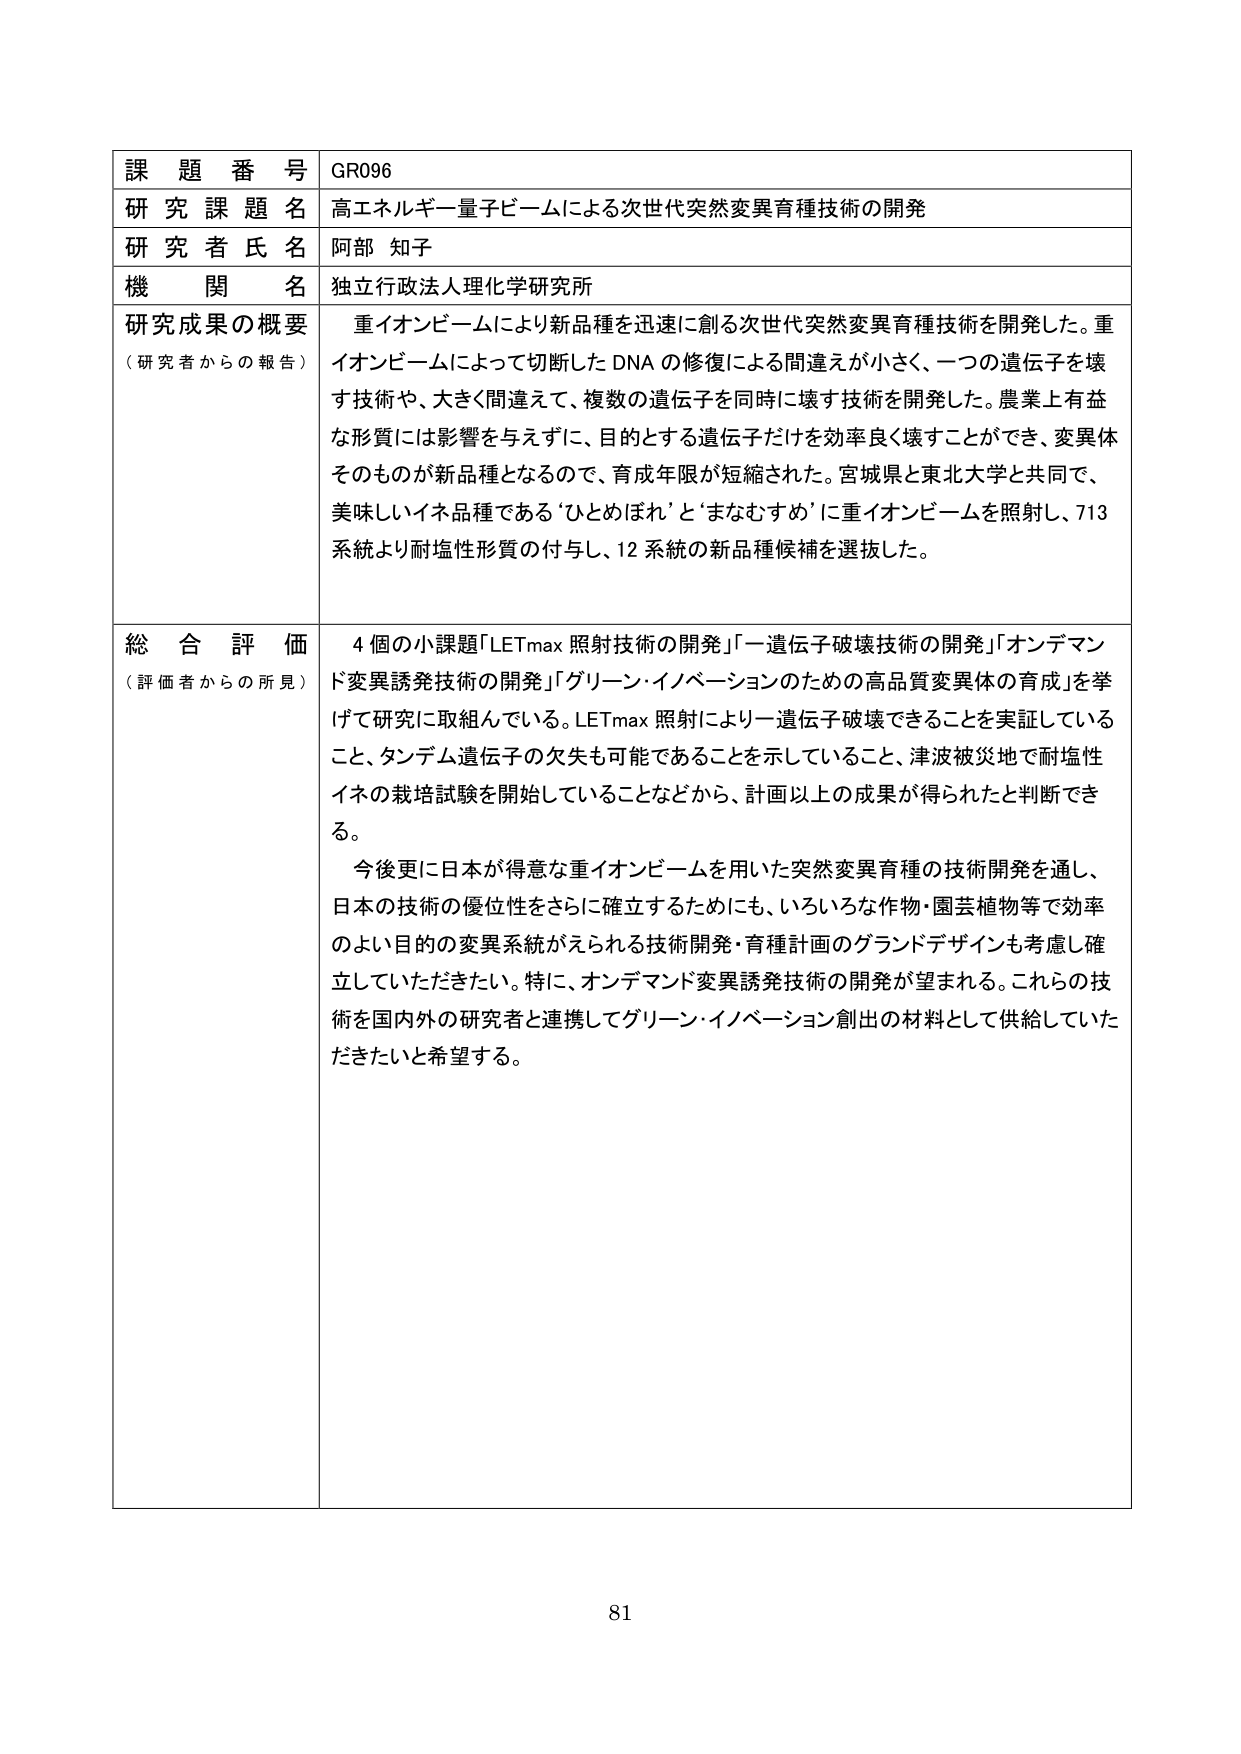
課題番号 GR096
研究課題名 高エネルギー量子ビームによる次世代突然変異育種技術の開発
研究者氏名 阿部 知子
機関名 独立行政法人理化学研究所
研究成果の概要（研究者からの報告） 重イオンビームにより新品種を迅速に創る次世代突然変異育種技術を開発した。重イオンビームによって切断したDNAの修復による間違えが小さく、一つの遺伝子を壊す技術や、大きく間違えて、複数の遺伝子を同時に壊す技術を開発した。農業上有益な形質には影響を与えずに、目的とする遺伝子だけを効率良く壊すことができ、変異体そのものが新品種となるので、育成年限が短縮された。宮城県と東北大学と共同で、美味しいイネ品種である‘ひとめぼれ’と‘まなむすめ’に重イオンビームを照射し、713系統より耐塩性形質の付与し、12系統の新品種候補を選抜した。
総合評価（評価者からの所見） 4個の小課題「LETmax照射技術の開発」「一遺伝子破壊技術の開発」「オンデマンド変異誘発技術の開発」「グリーン・イノベーションのための高品質変異体の育成」を挙げて研究に取組んでいる。LETmax照射により一遺伝子破壊できることを実証していること、タンデム遺伝子の欠失も可能であることを示していること、津波被災地で耐塩性イネの栽培試験を開始していることなどから、計画以上の成果が得られたと判断できる。
今後更に日本が得意な重イオンビームを用いた突然変異育種の技術開発を通し、日本の技術の優位性をさらに確立するためにも、いろいろな作物・園芸植物等で効率のよい目的的変異系統がえられる技術開発・育種計画のグランドデザインも考慮し確立していただきたい。特に、オンデマンド変異誘発技術の開発が望まれる。これらの技術を国内外の研究者と連携してグリーン・イノベーション創出の材料として供給していただきたいと希望する。
81